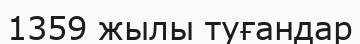
1359 жылы туғандар